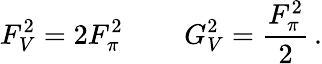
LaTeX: F_{V}^{2}=2F_{\pi}^{2}\, \qquad G_{V}^{2}={\frac{F_{\pi}^{2}}{2}}\, .